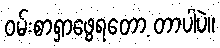
ဝမ်းစာရှာဖွေရတော့ တာပါပဲ။